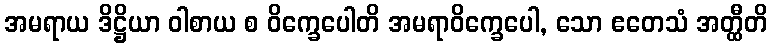
အမရာယ ဒိဋ္ဌိယာ ဝါစာယ စ ဝိက္ခေပေါတိ အမရာဝိက္ခေပေါ, သော ဧတေသံ အတ္ထီတိ